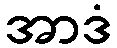
အာဒံ